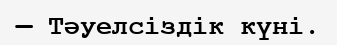
— Тәуелсіздік күні.